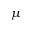
\mu